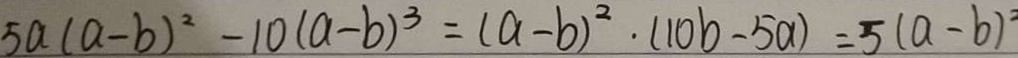
5 a ( a - b ) ^ { 2 } - 1 0 ( a - b ) ^ { 3 } = ( a - b ) ^ { 2 } \cdot ( 1 0 b - 5 a ) = 5 ( a - b ) ^ { 2 }